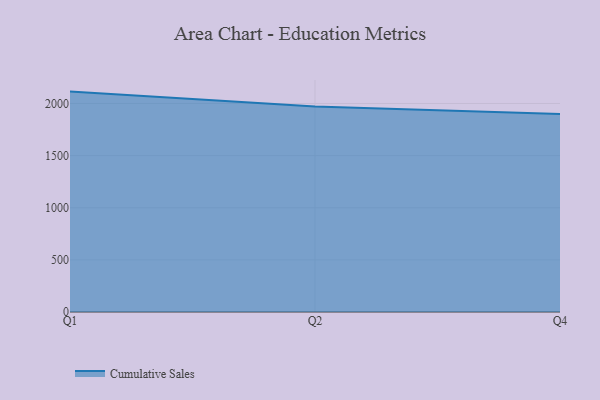
{"axis": {"x": "Quarter", "y": "Backlog"}, "legend": ["Cumulative Sales"], "data": [{"x": "Q1", "y": 2114.0, "type": "Cumulative Sales"}, {"x": "Q2", "y": 1970.0, "type": "Cumulative Sales"}, {"x": "Q4", "y": 1898.5, "type": "Cumulative Sales"}]}